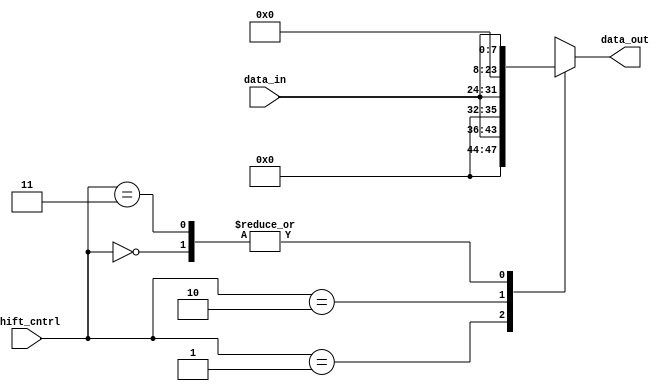
`timescale 1ns / 1ps

module left_shifter_8_to_16 (
  input [7:0] data_in,
  input [1:0] shift_cntrl,
  output reg [15:0] data_out
);
  reg [15:0] var = 16'b0;
   
  always @(*) begin
    case (shift_cntrl)
      // No shift
      2'b00:begin 
      var= {8'b0,data_in};
      data_out = var;
      end  
      // 4-bit shift left
      2'b01:begin 
      var= {8'b0,data_in};
      data_out = var << 4;
      end 
      // 8-bit shift left
      2'b10:begin 
      var= {8'b0,data_in};
      data_out = var <<8;
      end 
      // No shift
      2'b11:begin 
      var= {8'b0,data_in};
      data_out = var;
      end
       
      default: data_out = {8'b0,data_in}; // Default case (no shift)
    endcase
  end

endmodule